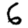
Digit: 6